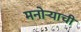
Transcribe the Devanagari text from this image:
मनोर्‍याची